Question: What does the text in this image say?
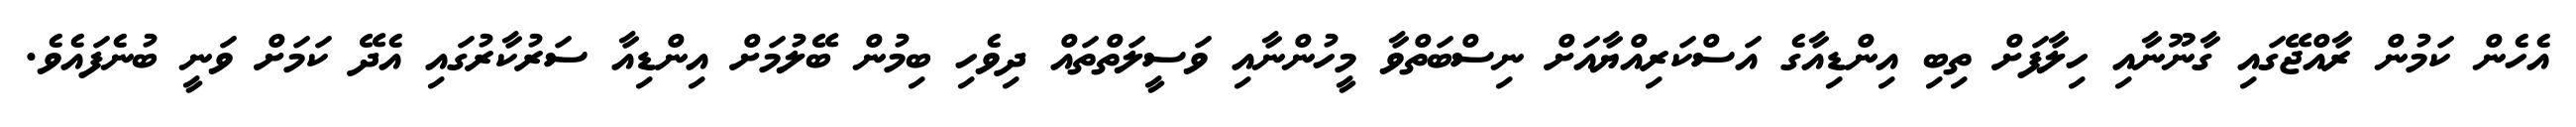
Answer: އެހެން ކަމުން ރާއްޖޭގައި ގާނޫނާއި ހިލާފަށް ތިބި އިންޑިއާގެ އަސްކަރިއްޔާއަށް ނިސްބަތްވާ މީހުންނާއި ވަސީލަތްތައް ދިވެހި ބިމުން ބޭލުމަށް އިންޑިއާ ސަރުކާރުގައި އެދޭ ކަމަށް ވަނީ ބުނެފައެވެ.